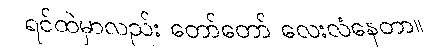
ရင်ထဲမှာလည်း တော်တော် လေးလံနေတာ။